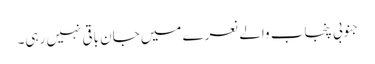
جنوبی پنجاب والے نعرے میں جان باقی نہیں رہی۔